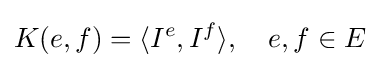
K(e,f)=\langle I^{e},I^{f}\rangle ,\quad e,f\in E